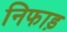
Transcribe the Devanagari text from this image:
निफाड़